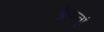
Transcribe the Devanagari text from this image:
दे॒वानां॒